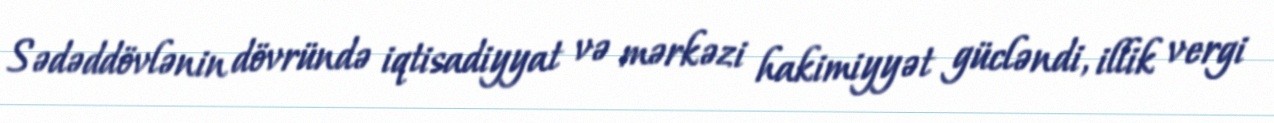
Sədəddövlənin dövründə iqtisadiyyat və mərkəzi hakimiyyət gücləndi, illik vergi